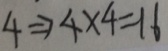
4 \Rightarrow 4 \times 4 = 1 6